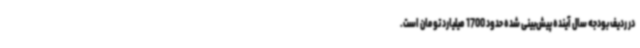
در ردیف بودجه سال آینده پیش‌بینی شده حدود 1700 میلیارد تومان است.